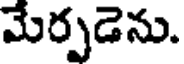
మేర్పడెను.